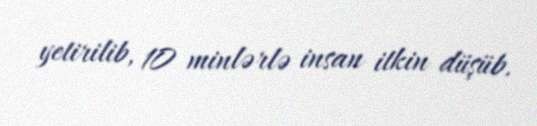
yetirilib, 10 minlərlə insan itkin düşüb.